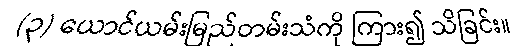
(၃) ယောင်ယမ်းမြည်တမ်းသံကို ကြား၍ သိခြင်း။